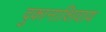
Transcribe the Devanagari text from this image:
दुकानाशिवाय